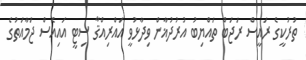
ތުރުކީގެ ރައީސް ރަޖަބް ތައްޔިބު އުރުދުޣާން ވިދާޅުވީ އައްރިއްޤާ ސިޓީ އައިއެސް ޖަމާއަތުގެ